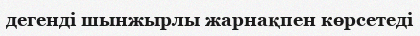
дегенді шынжырлы жарнақпен көрсетеді